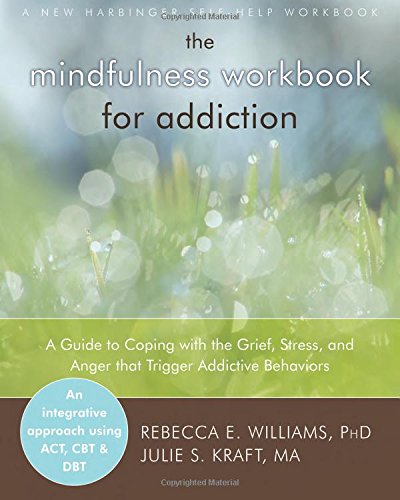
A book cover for The Mindfulness Workbook for Addiction: A Guide to Coping with the Grief, Stress and Anger that Trigger Addictive Behaviors; Rebecca E. Williams; Self-Help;